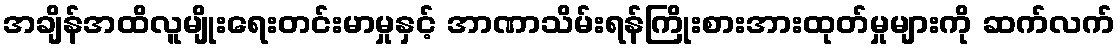
အချိန်အထိလူမျိုးရေးတင်းမာမှုနှင့် အာဏာသိမ်းရန်ကြိုးစားအားထုတ်မှုများကို ဆက်လက်